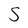
Character: S